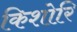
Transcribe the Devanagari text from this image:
किशोरि